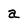
Character: a